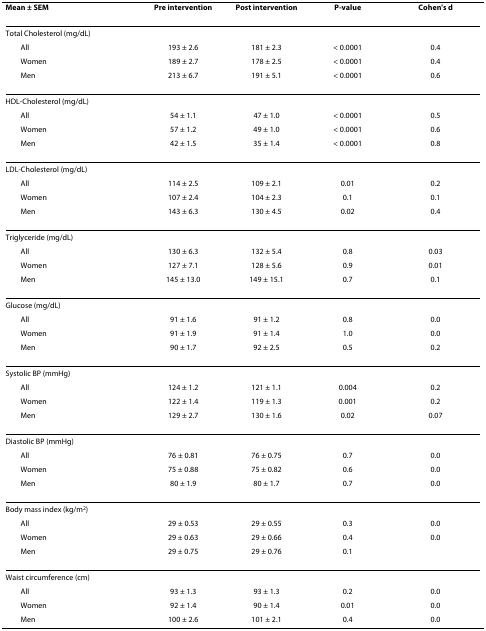
<table><thead><tr><td><b>Mean ± SEM</b></td><td><b>Pre intervention</b></td><td><b>Post intervention</b></td><td><b>P-value</b></td><td><b>Cohen's d</b></td></tr></thead><tbody><tr><td>Total Cholesterol (mg/dL)</td><td>[EMPTY_CELL]</td><td>[EMPTY_CELL]</td><td>[EMPTY_CELL]</td><td>[EMPTY_CELL]</td></tr><tr><td> All</td><td>193 ± 2.6</td><td>181 ± 2.3</td><td>&lt; 0.0001</td><td>0.4</td></tr><tr><td> Women</td><td>189 ± 2.7</td><td>178 ± 2.5</td><td>&lt; 0.0001</td><td>0.4</td></tr><tr><td> Men</td><td>213 ± 6.7</td><td>191 ± 5.1</td><td>&lt; 0.0001</td><td>0.6</td></tr><tr><td>HDL-Cholesterol (mg/dL)</td><td>[EMPTY_CELL]</td><td>[EMPTY_CELL]</td><td>[EMPTY_CELL]</td><td>[EMPTY_CELL]</td></tr><tr><td> All</td><td>54 ± 1.1</td><td>47 ± 1.0</td><td>&lt; 0.0001</td><td>0.5</td></tr><tr><td> Women</td><td>57 ± 1.2</td><td>49 ± 1.0</td><td>&lt; 0.0001</td><td>0.6</td></tr><tr><td> Men</td><td>42 ± 1.5</td><td>35 ± 1.4</td><td>&lt; 0.0001</td><td>0.8</td></tr><tr><td>LDL-Cholesterol (mg/dL)</td><td>[EMPTY_CELL]</td><td>[EMPTY_CELL]</td><td>[EMPTY_CELL]</td><td>[EMPTY_CELL]</td></tr><tr><td> All</td><td>114 ± 2.5</td><td>109 ± 2.1</td><td>0.01</td><td>0.2</td></tr><tr><td> Women</td><td>107 ± 2.4</td><td>104 ± 2.3</td><td>0.1</td><td>0.1</td></tr><tr><td> Men</td><td>143 ± 6.3</td><td>130 ± 4.5</td><td>0.02</td><td>0.4</td></tr><tr><td>Triglyceride (mg/dL)</td><td>[EMPTY_CELL]</td><td>[EMPTY_CELL]</td><td>[EMPTY_CELL]</td><td>[EMPTY_CELL]</td></tr><tr><td> All</td><td>130 ± 6.3</td><td>132 ± 5.4</td><td>0.8</td><td>0.03</td></tr><tr><td> Women</td><td>127 ± 7.1</td><td>128 ± 5.6</td><td>0.9</td><td>0.01</td></tr><tr><td> Men</td><td>145 ± 13.0</td><td>149 ± 15.1</td><td>0.7</td><td>0.1</td></tr><tr><td>Glucose (mg/dL)</td><td>[EMPTY_CELL]</td><td>[EMPTY_CELL]</td><td>[EMPTY_CELL]</td><td>[EMPTY_CELL]</td></tr><tr><td> All</td><td>91 ± 1.6</td><td>91 ± 1.2</td><td>0.8</td><td>0.0</td></tr><tr><td> Women</td><td>91 ± 1.9</td><td>91 ± 1.4</td><td>1.0</td><td>0.0</td></tr><tr><td> Men</td><td>90 ± 1.7</td><td>92 ± 2.5</td><td>0.5</td><td>0.2</td></tr><tr><td>Systolic BP (mmHg)</td><td>[EMPTY_CELL]</td><td>[EMPTY_CELL]</td><td>[EMPTY_CELL]</td><td>[EMPTY_CELL]</td></tr><tr><td> All</td><td>124 ± 1.2</td><td>121 ± 1.1</td><td>0.004</td><td>0.2</td></tr><tr><td> Women</td><td>122 ± 1.4</td><td>119 ± 1.3</td><td>0.001</td><td>0.2</td></tr><tr><td> Men</td><td>129 ± 2.7</td><td>130 ± 1.6</td><td>0.02</td><td>0.07</td></tr><tr><td>Diastolic BP (mmHg)</td><td>[EMPTY_CELL]</td><td>[EMPTY_CELL]</td><td>[EMPTY_CELL]</td><td>[EMPTY_CELL]</td></tr><tr><td> All</td><td>76 ± 0.81</td><td>76 ± 0.75</td><td>0.7</td><td>0.0</td></tr><tr><td> Women</td><td>75 ± 0.88</td><td>75 ± 0.82</td><td>0.6</td><td>0.0</td></tr><tr><td> Men</td><td>80 ± 1.9</td><td>80 ± 1.7</td><td>0.7</td><td>0.0</td></tr><tr><td>Body mass index (kg/m<sup>2</sup>)</td><td>[EMPTY_CELL]</td><td>[EMPTY_CELL]</td><td>[EMPTY_CELL]</td><td>[EMPTY_CELL]</td></tr><tr><td> All</td><td>29 ± 0.53</td><td>29 ± 0.55</td><td>0.3</td><td>0.0</td></tr><tr><td> Women</td><td>29 ± 0.63</td><td>29 ± 0.66</td><td>0.4</td><td>0.0</td></tr><tr><td> Men</td><td>29 ± 0.75</td><td>29 ± 0.76</td><td>0.1</td><td>[EMPTY_CELL]</td></tr><tr><td>Waist circumference (cm)</td><td>[EMPTY_CELL]</td><td>[EMPTY_CELL]</td><td>[EMPTY_CELL]</td><td>[EMPTY_CELL]</td></tr><tr><td> All</td><td>93 ± 1.3</td><td>93 ± 1.3</td><td>0.2</td><td>0.0</td></tr><tr><td> Women</td><td>92 ± 1.4</td><td>90 ± 1.4</td><td>0.01</td><td>0.0</td></tr><tr><td> Men</td><td>100 ± 2.6</td><td>101 ± 2.1</td><td>0.4</td><td>0.0</td></tr></tbody></table>